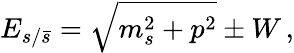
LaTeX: E_{s/\bar{s}}=\sqrt{m_{s}^{2}+p^{2}}\pm W\, ,